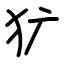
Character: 犷